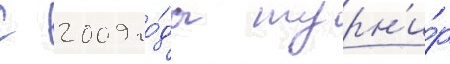
С 2009 го́да турн'и́р